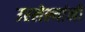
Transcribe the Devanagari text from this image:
उरलेल्यांनी